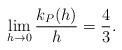
\begin{align*} \begin{aligned}\lim_{h\rightarrow0}\frac{k_P(h)}{h}=\frac{4}{3}. \end{aligned} \end{align*}